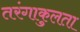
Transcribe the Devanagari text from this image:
तरंगाकुलता